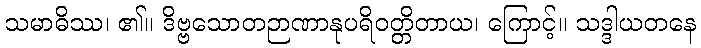
သမာဓိဿ၊ ၏။ ဒိဗ္ဗသောတဉာဏာနုပရိဝတ္တိတာယ၊ ကြောင့်။ သဒ္ဒါယတနေ